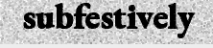
subfestively